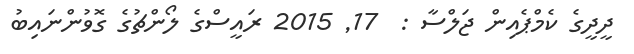
ދީދީގެ ކެމްޕެއިން ޖަލްސާ :  17